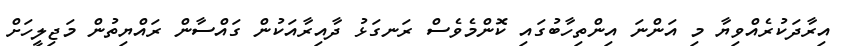
އިރާދަކުރެއްވިޔާ މި އަންނަ އިންތިހާބުގައި ކޮންމެވެސް ރަނގަޅު ދާއިރާއަކުން ގައްސާން ރައްޔިތުުން މަޖިލީހަށް